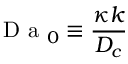
\mathrm { ~ D ~ a ~ } _ { 0 } \equiv \frac { \kappa k } { D _ { c } }